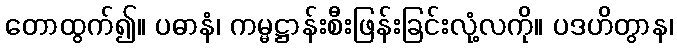
တောထွက်၍။ ပဓာနံ၊ ကမ္မဋ္ဌာန်းစီးဖြန်းခြင်းလုံ့လကို။ ပဒဟိတွာန၊